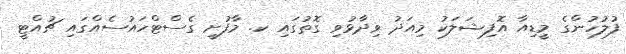
ފުލުހުންގެ މީޑިއާ އޮފިޝަލަކު މިއަދު ވިދާޅުވި ގޮތުގައި ކ. މާފުށީ ގެސްޓްހައުސެއްގައި ޗުއްޓީ